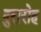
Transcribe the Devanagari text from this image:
दुरारोह